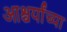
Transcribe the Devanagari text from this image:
आश्चर्यांच्या